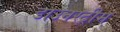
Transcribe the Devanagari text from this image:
डाउनस्‍ट्रीम